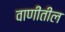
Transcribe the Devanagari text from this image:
वाणींतील